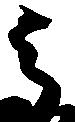
高